Black-water fever - Number 35
Disease focus: Fever
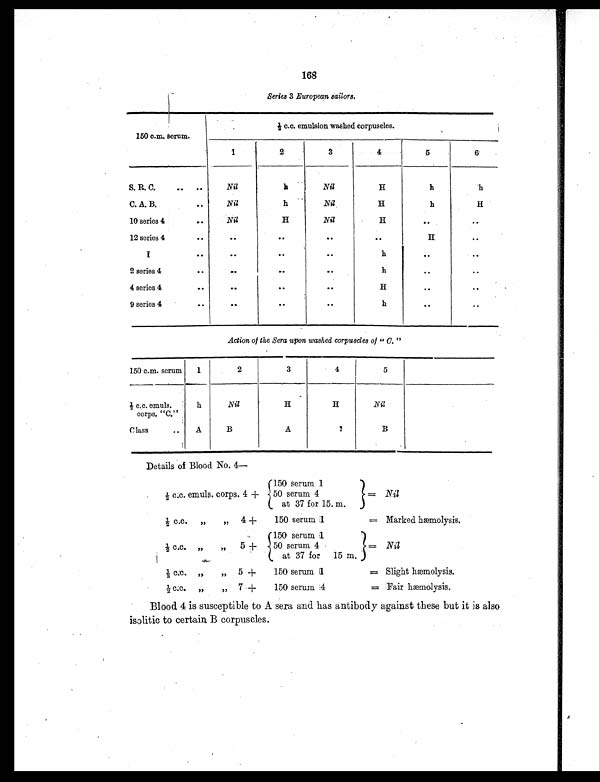
168
Series 3 European sailors.
150 c.m. Serum.
½ c.c. emulsion washed corpuscles.
1
2
3
4
5
6
S. R. C.
..
. .
Nil
h
Nil
H
h
h
C. A. B.
..
Nil
h
Nil
H
h
H
10 series 4
. .
Nil
H
Nil
H
. .
. .
12 series 4
. .
. .
. .
. .
..
H
. .
I
. .
. .
. .
. .
h
..
. .
2 series 4
..
. .
..
..
h
. .
. .
4 series 4
..
. .
. .
. .
H
. .
. .
9 series 4
. .
. .
. .
. .
h
. .
..
Action of the Sera upon washed corpuscles of " C. "
150 c.m. serum
1
2
3
4
5
½ c.c. emuls.
corps. "C."
h
Nil
H
H
Nil
Class
..
A
B
A
?
B
Details of Blood No. 4—
½ c.c. emuls. corps. 4 +
150 serum 1
=
N i l
50 serum 4
at 37 for 15. m.
½ c.c. „ „ 4 +
150 serum 1
= Marked hæmolysis.
½ c.c. „ „ 5 +
150 serum 1
=
Nil
50 serum 4
at 37 for 15 m.
½ c.c. „ „ 5 +
150 serum 1
= Slight hæmolysis.
½ c.c. „ „ 7 + 150 serum 4
= Fair hæmolysis.
Blood 4 is susceptible to A sera and has antibody against these but it is also
isolitic to certain B corpuscles.